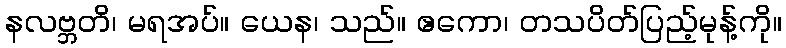
နလဗ္ဘတိ၊ မရအပ်။ ယေန၊ သည်။ ဧကော၊ တသပိတ်ပြည့်မုန့်ကို။